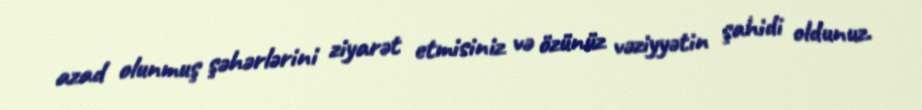
azad olunmuş şəhərlərini ziyarət etmisiniz və özünüz vəziyyətin şahidi oldunuz.